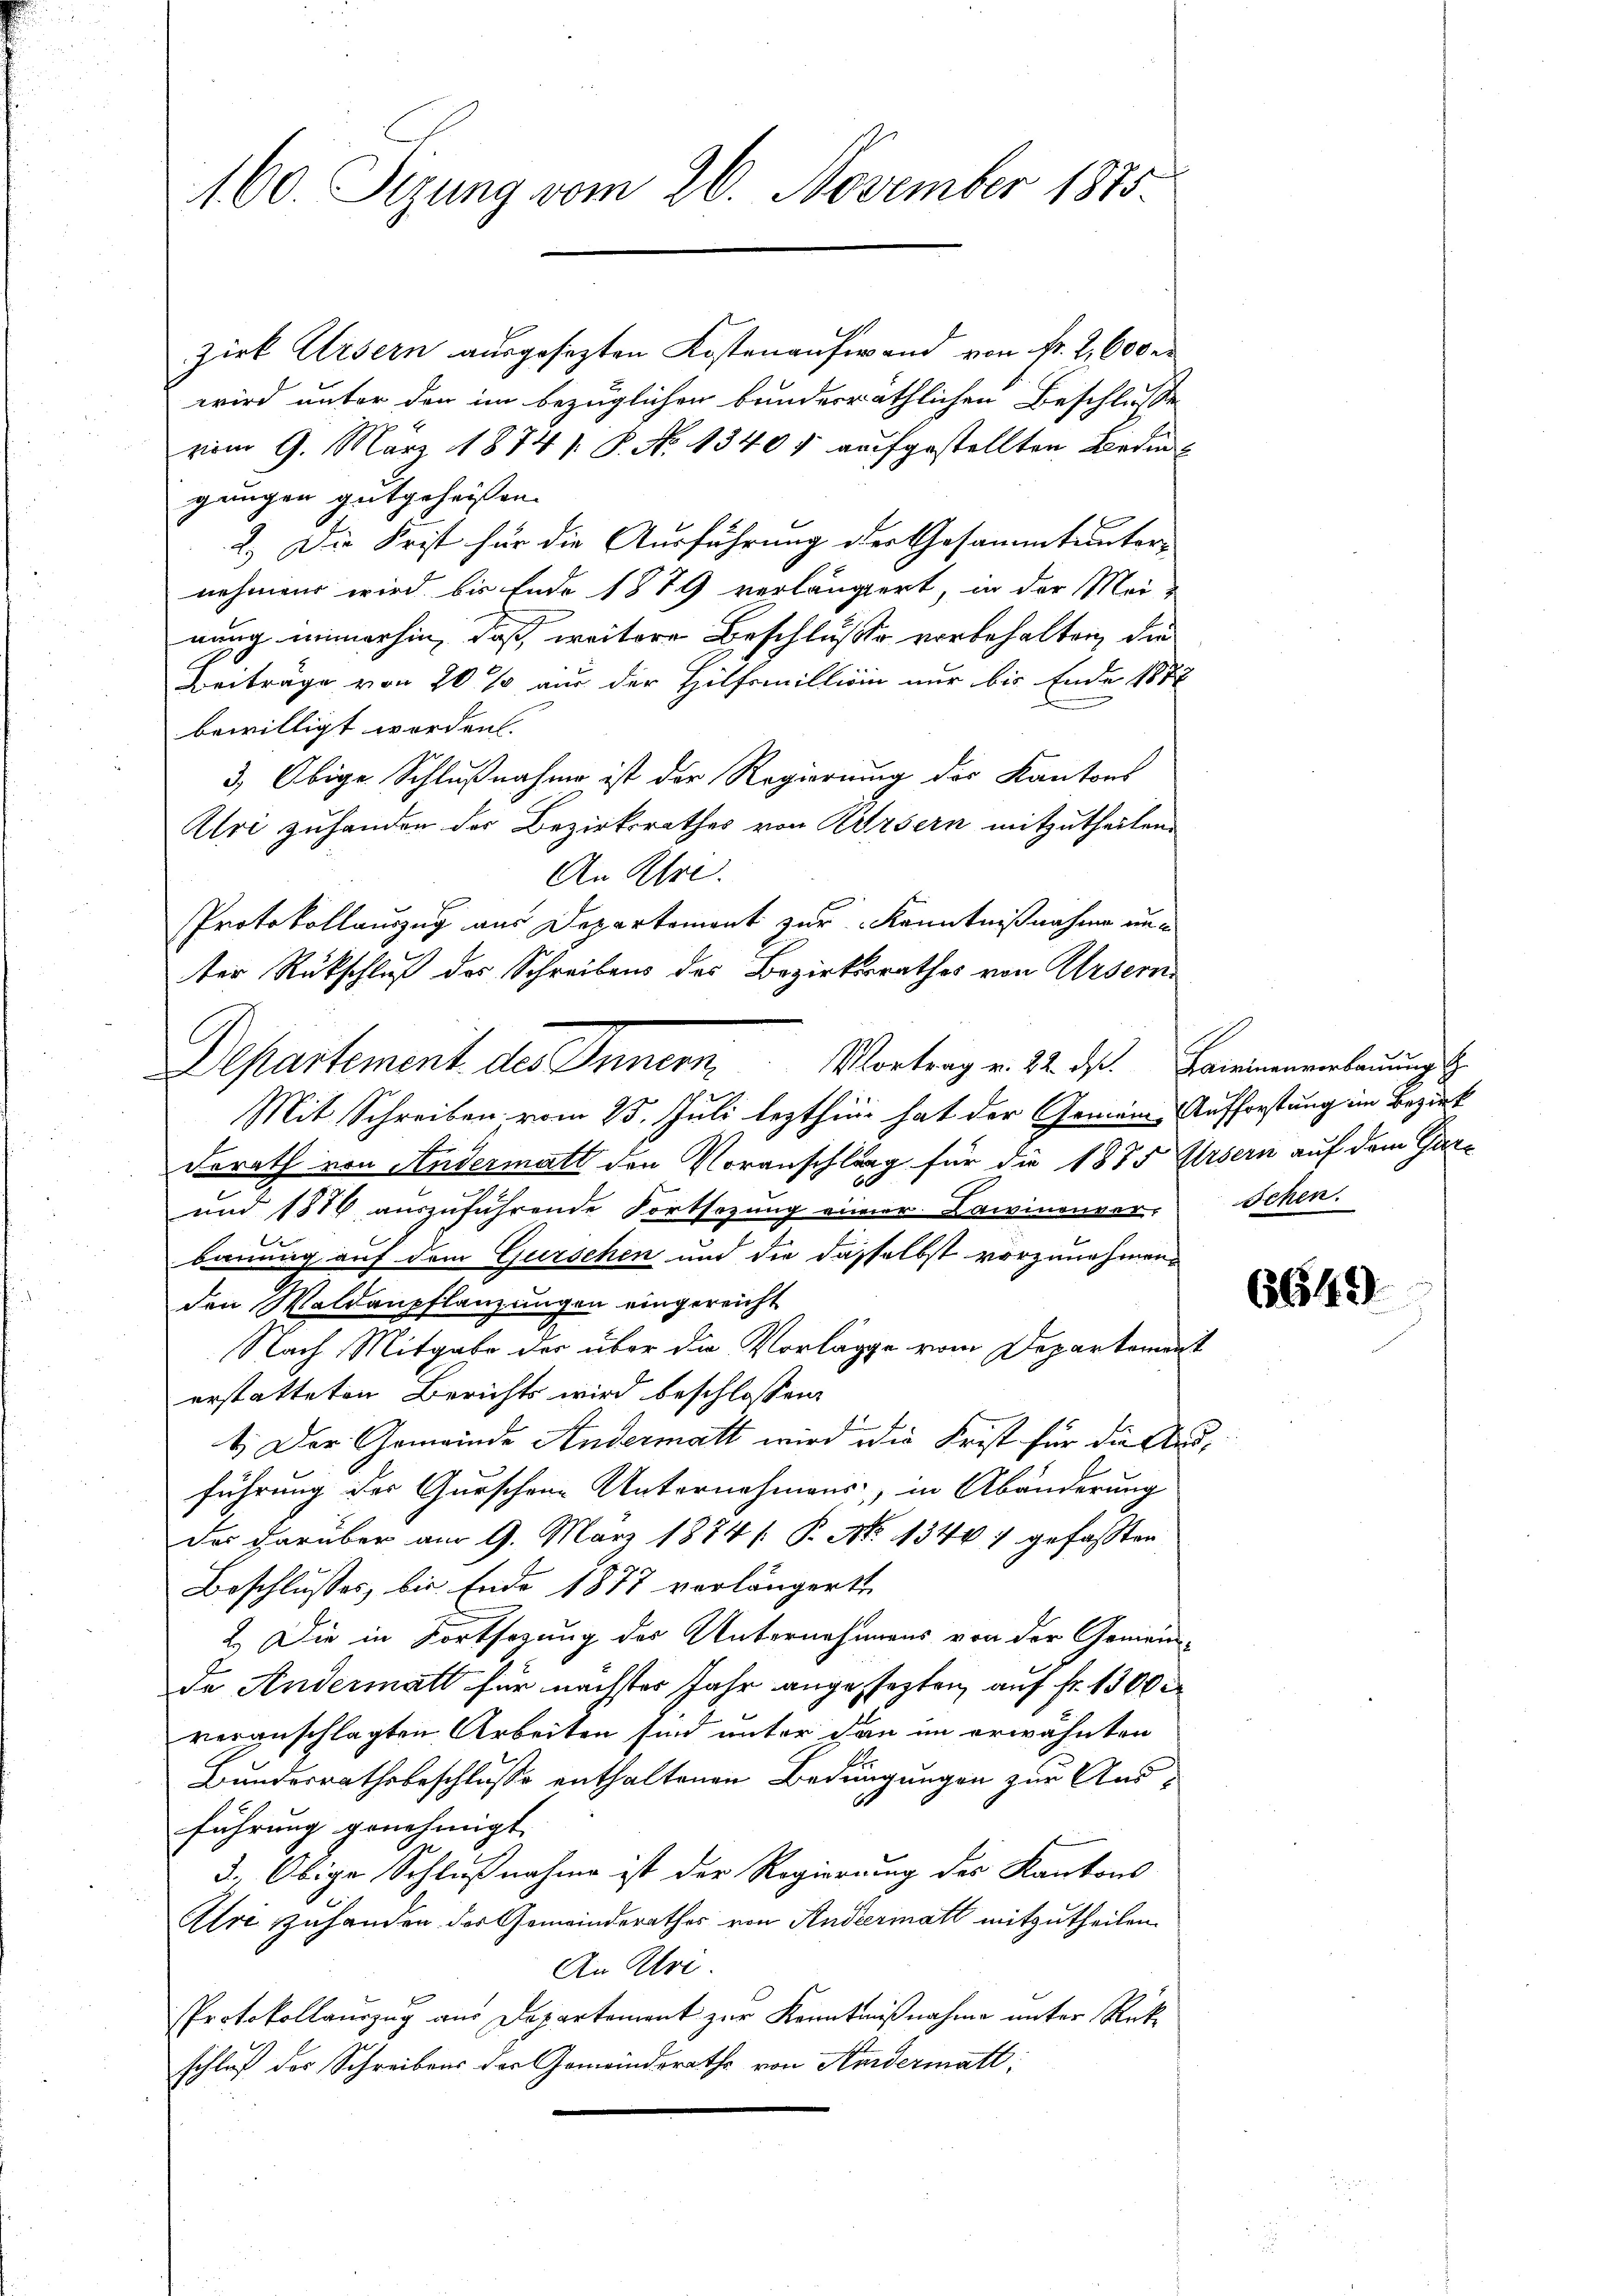
160. Sizung vom 26. November 1875.

zirk Ursern ausgesezten Kostenaufwand von fr. 2600 r
wird unter den im bezüglichen bunderräthlichen Beschlusse
vom 9. März 1874. P. No 13405 aufgestellten Bedin
gungen gutgeheissen.
2.) Die Frist für die Ausführung der Gesammt unternehmen wird bis Ende 1879 verlängert, in der Meinung immerhin, daß, weitere Beschluße vorbehalten, die
Beiträge von 20 % aus der Hilfsmillion nur bis Ende 1882
bewilligt worden.
3.) Obige Schlußnahme ist der Regierung des Kantons
Uri zuhanden der Bezirksrathes von Ursern mitzutheilen.
An Khre
Protokollauszug aus Departement zur Kenntnißnahme unter Rückschluß des Schreibens des Bezirksrathes von Ursern
Mit Schreiben vom 25. Juli lezthin hat der Gemein-Aufforstung im Bezirk
derath von Andermatt den Voranschlag für die 1885 Arsern auf dem Gar¬
und 1876 aŭszŭführende Fortsezung einer Lawinenver-
bauung auf dem Gurschen und die dasselbst vorzunehmen.
den Waldaupflanzungen eingereicht
Nach Mitgabe der über die Vorlage vom Departement
erstatteten Berichts wird beschlossen:
1. Der Gemeinde Andermatt wird die Frist für die Ausführung der Gurschene Unternehmens, in Abänderung
Das darüber am 9. März 1874 /: P. Nr. 13467 gefassten
Beschlusses, bis Ende 1877 vorlängerte
2.) Die in Fortsezung des Unternehmens von der Gemein-
de Andermatt für nächster Jahr angesezten, auf fr. 1300
veranschlagten Arbeiten sind unter den im erwähnten
Bundesrathsbeschlusse enthaltenen Bedingungen zur Ansführung genehmigt.
3. Obige Schlußnahme ist der Regierung des Kantons
Alri zuhanden des Gemeinderathes von Rudiermatt mitzutheilen.
An Ulri
Protokollauszug aus Departement zur Kenntnißnahme unter Rückschluß des Schreibens der Gemeindsrathe von Andermatt,

Departement des Innern Vortrag v. 14. daß Farnennenbauung

Schen.

6649